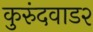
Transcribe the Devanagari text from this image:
कुरुंदवाड२